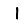
Digit: 1